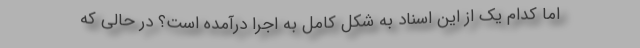
اما کدام یک از این اسناد به شکل کامل به اجرا درآمده است؟ در حالی که